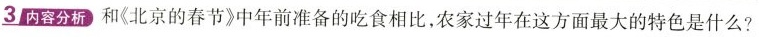
3内容分析和《北京的春节》中年前准备的吃食相比，农家过年在这方面最大的特色是什么?